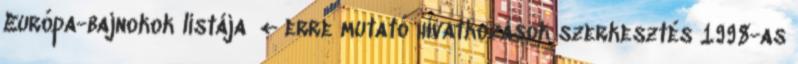
Európa-bajnokok listája ‎ ← erre mutató hivatkozások szerkesztés 1998-as